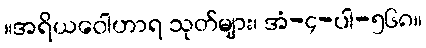
။အရိယဝေါဟာရ သုတ်များ၊ အံ-၄-ပါ-၅၆၈။